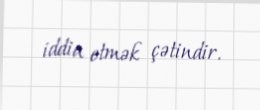
iddia etmək çətindir.